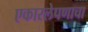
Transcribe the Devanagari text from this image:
एकारलेपणाचा